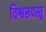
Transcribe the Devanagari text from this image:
विश्वरूपस्तु